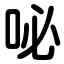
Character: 咇